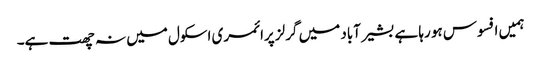
ہمیں افسوس ہو رہا ہے بشیر آباد میں گرلز پرائمری اسکول میں نہ چھت ہے۔